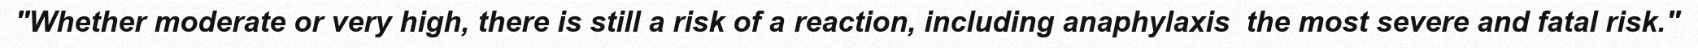
"Whether moderate or very high, there is still a risk of a reaction, including anaphylaxis  the most severe and fatal risk."